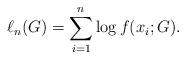
LaTeX: \begin{align*}\ell_n(G) = \sum_{i=1}^n \log f(x_i; G).\end{align*}